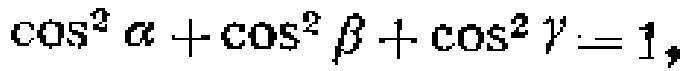
\(\cos^{2} \alpha+\cos^{2} \beta+\cos^{2} \gamma = 1\)